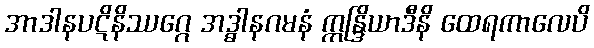
အာဒါနပဋိနိဿဂ္ဂေ အဒ္ဓါနဂမနံ ဣန္ဒြိယာဒီနိ ထေရကာလေပိ